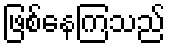
ဖြစ်နေကြသည်